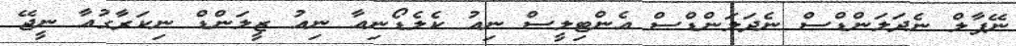
ނޭޕާލް ނެދަލަންޑްސް ނެދަލަންޑްސް އެންޓިލީސް ނިއު ކެލެޑޯނިއާ ނިއު ޒީލަންޑް ނިކަރާގުއާ ނީޖޭ